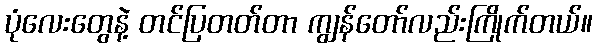
ပုံလေးတွေနဲ့ တင်ပြတတ်တာ ကျွန်တော်လည်းကြိုက်တယ်။